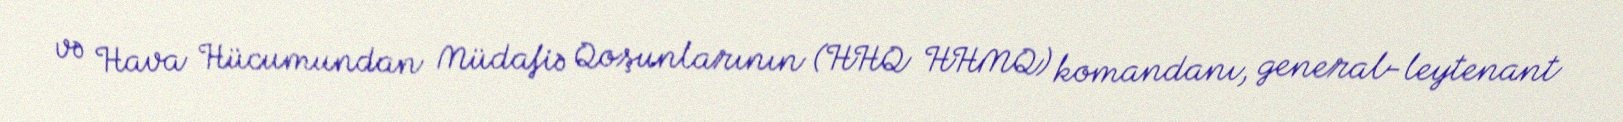
və Hava Hücumundan Müdafiə Qoşunlarının (HHQ HHMQ) komandanı, general-leytenant